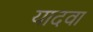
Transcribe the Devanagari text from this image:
यादवा